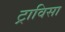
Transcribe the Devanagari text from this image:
ट्राविसा